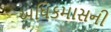
અધિકમાસની